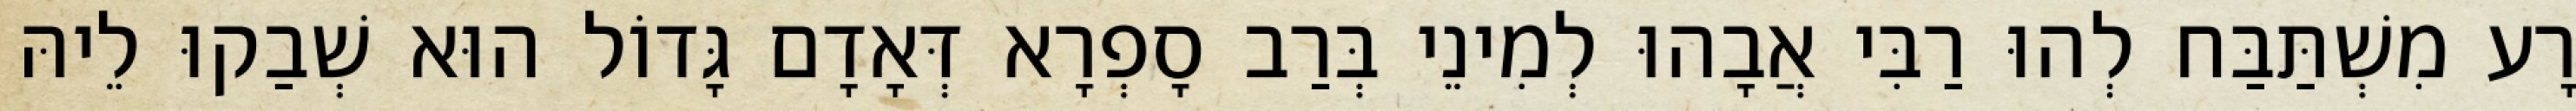
רָע מִשְׁתַּבַּח לְהוּ רַבִּי אֲבָהוּ לְמִינֵי בְּרַב סָפְרָא דְּאָדָם גָּדוֹל הוּא שְׁבַקוּ לֵיהּ